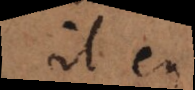
il en